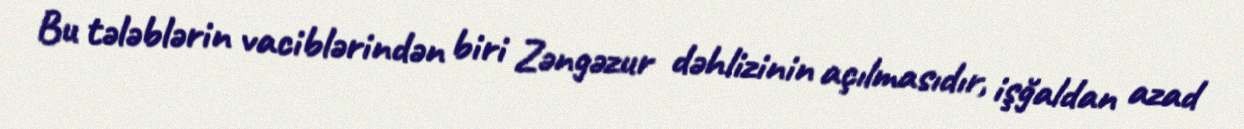
Bu tələblərin vaciblərindən biri Zəngəzur dəhlizinin açılmasıdır, işğaldan azad